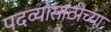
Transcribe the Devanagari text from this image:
पदव्यांसाठीच्या